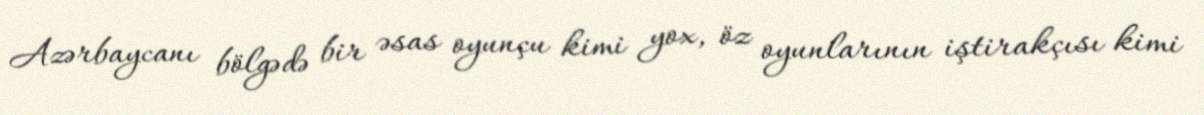
Azərbaycanı bölgədə bir əsas oyunçu kimi yox, öz oyunlarının iştirakçısı kimi